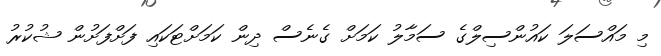
މި މައްސަލަ ކައުންސިލްގެ ސަމާލު ކަމަށް ގެނެސް ދިން ކަމަށްޓަކައި ފަށްފަށުން ޝުކުރު